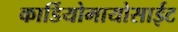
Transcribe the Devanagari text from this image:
कार्डियोमायोसाईट